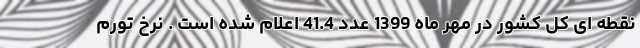
نقطه ای کل کشور در مهر ماه 1399 عدد 41.4 اعلام شده است . نرخ تورم